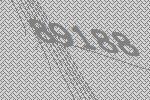
89188